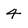
Character: 4